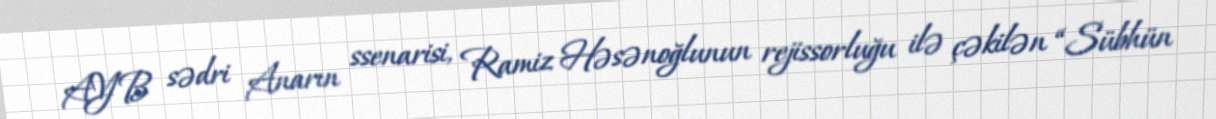
AYB sədri Anarın ssenarisi, Ramiz Həsənoğlunun rejissorluğu ilə çəkilən “Sübhün